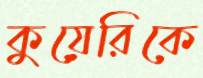
কুয়েরিকে